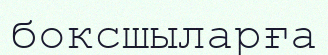
боксшыларға